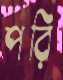
পরি